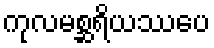
ကုလမစ္ဆရိယဿပေ